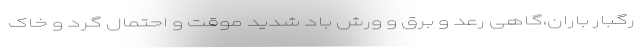
رگبار باران،‌گاهی رعد و برق و ورش باد شدید موقت و احتمال گرد و خاک